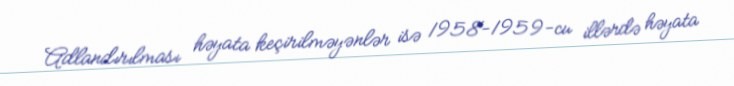
Adlandırılması həyata keçirilməyənlər isə 1958-1959-cu illərdə həyata